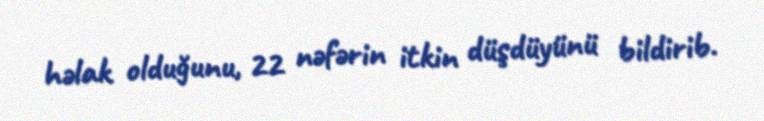
həlak olduğunu, 22 nəfərin itkin düşdüyünü bildirib.